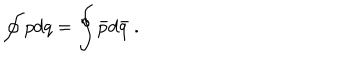
\oint _ { } ^ { } p d q = \oint _ { } ^ { } { \bar { p } } d { \bar { q } } \ .